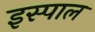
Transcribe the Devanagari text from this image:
इस्पाल